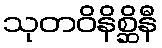
သုတဝိနိစ္ဆိနီ